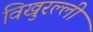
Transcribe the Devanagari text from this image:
विखुरल्ली